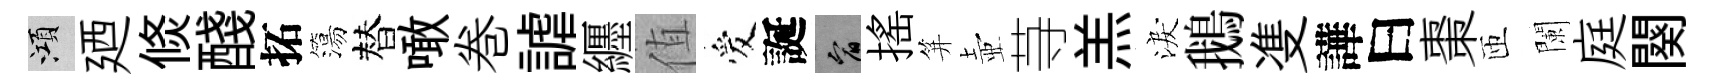
澒廼倐醆拓簜替噉巻謔纒值爱誕宥搖笄壺䒭羔淚鵝㕠譁曰棗匝闌庭闋